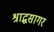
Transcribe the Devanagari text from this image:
श्राद्धसागर